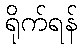
ရိုက်ရန်